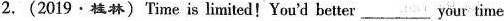
2.(2019·桂林)Time is limited!You'd better___ your time